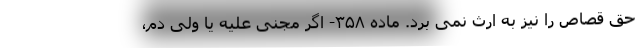
حق قصاص را نیز به ارث نمی برد. ماده ۳۵۸- اگر مجنی علیه یا ولی دم،